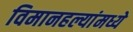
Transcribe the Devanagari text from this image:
विमानहल्यांमध्ये